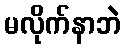
မလိုက်နာဘဲ